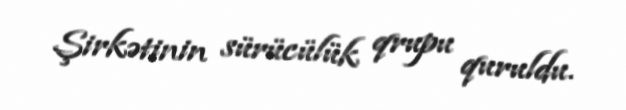
Şirkətinin sürücülük qrupu quruldu.